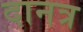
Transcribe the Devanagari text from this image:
दानत्र